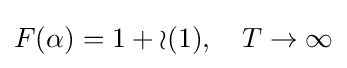
F(\alpha )=1+{\mathcal {o}}(1),\quad T\to \infty